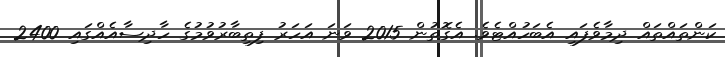
ކަންތައްތައް ދިމާވެފައި އެބަހުއްޓެވެ. އެގޮތުން 2015 ވަނަ އަހަރު ފިތިބާރުވުމުގެ ހާދިސާއެއްގައި 2400